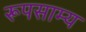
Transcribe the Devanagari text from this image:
रूपसाम्य